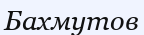
Бахмутов